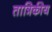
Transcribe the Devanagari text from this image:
तात्रिकीय